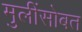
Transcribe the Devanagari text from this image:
मुलींसोबत